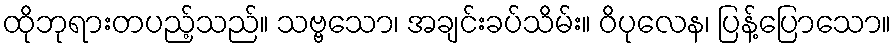
ထိုဘုရားတပည့်သည်။ သဗ္ဗသော၊ အချင်းခပ်သိမ်း။ ဝိပုလေန၊ ပြန့်ပြောသော။